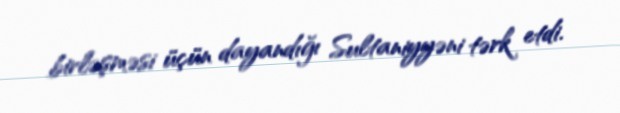
birləşməsi üçün dayandığı Sultaniyyəni tərk etdi.